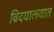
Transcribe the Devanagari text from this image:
विदयालयात